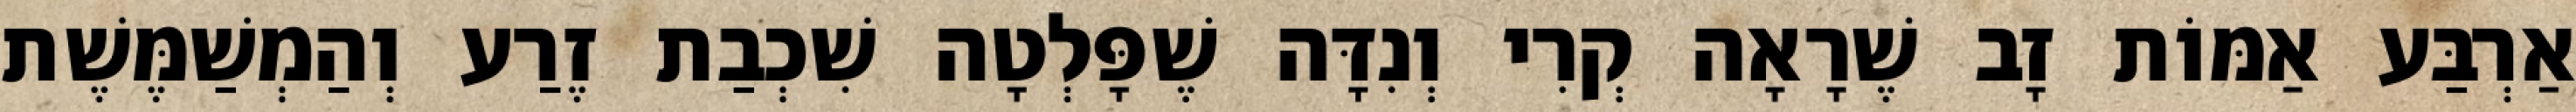
אַרְבַּע אַמּוֹת זָב שֶׁרָאָה קְרִי וְנִדָּה שֶׁפָּלְטָה שִׁכְבַת זֶרַע וְהַמְשַׁמֶּשֶׁת